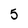
Character: 5